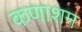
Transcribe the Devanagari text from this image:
कणाशम